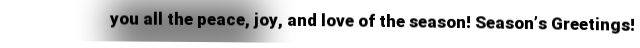
you all the peace, joy, and love of the season! Season’s Greetings!